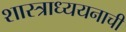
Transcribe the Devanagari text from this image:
शास्त्राध्ययनाची